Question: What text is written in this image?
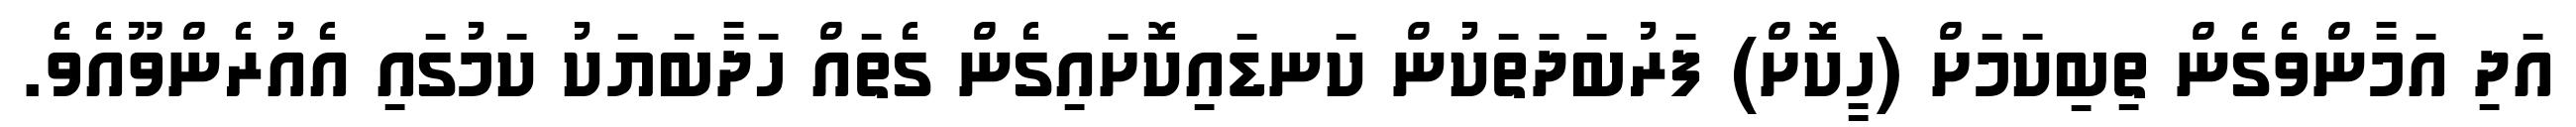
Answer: އަދި އަމާންވެގެން ތިބިކަމަށް (ހީކޮށް) ފަރުބަދަތަކުން ކަނޑައިކޮށައިގެން ގެތައް ހަދާބަޔަކު ކަމުގައި އެއުރެންވޫއެވެ.